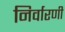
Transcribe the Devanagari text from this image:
निर्वारणी